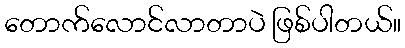
တောက်လောင်လာတာပဲ ဖြစ်ပါတယ်။